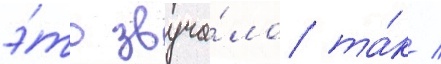
э́то звуча́ло та́к /